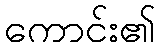
ကောင်း၏